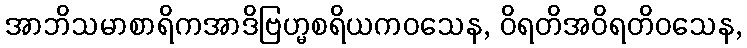
အာဘိသမာစာရိကအာဒိဗြဟ္မစရိယကဝသေန, ဝိရတိအဝိရတိဝသေန,